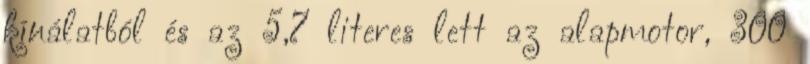
kínálatból és az 5,7 literes lett az alapmotor, 300